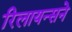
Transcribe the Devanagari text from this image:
रिलायन्सने